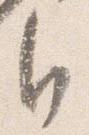
自